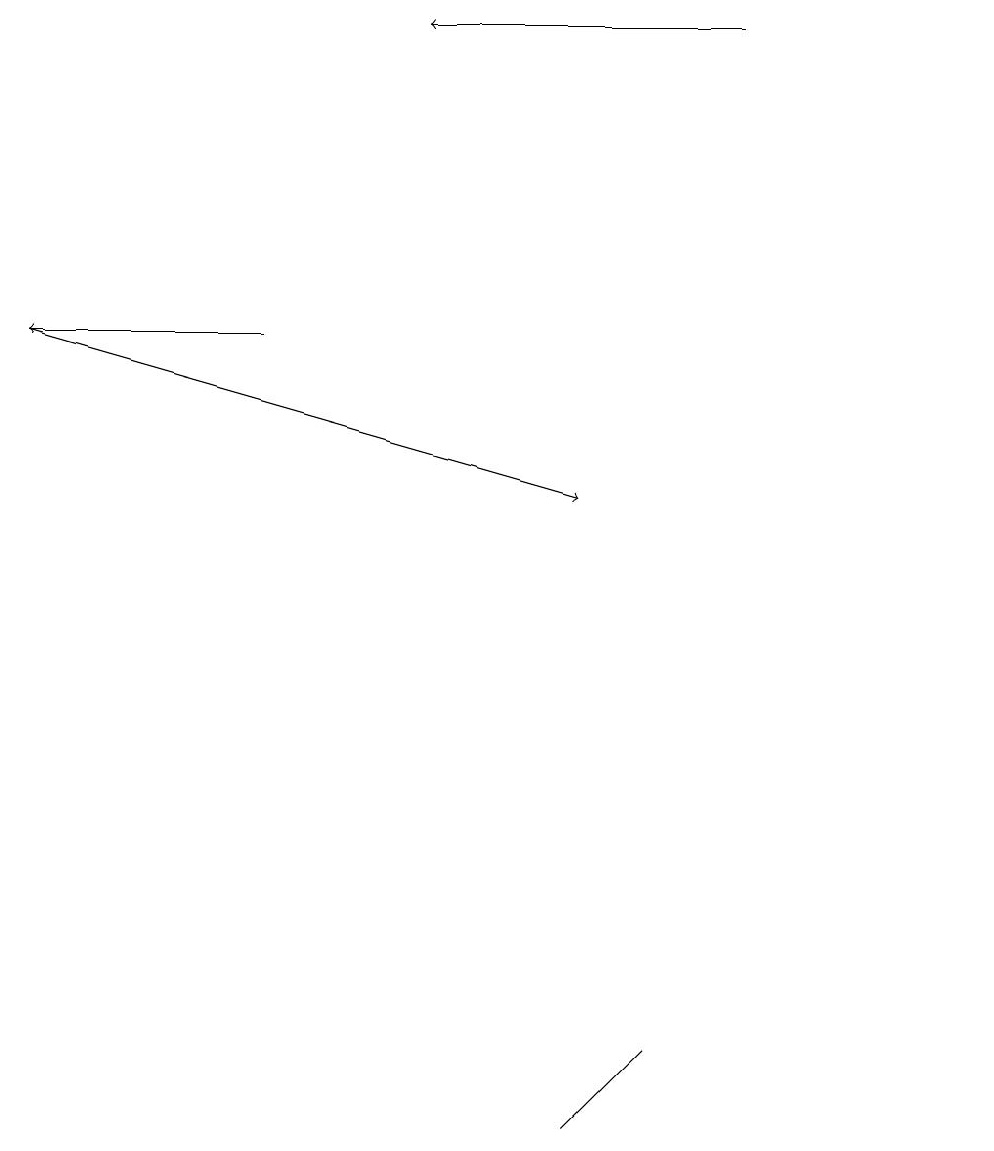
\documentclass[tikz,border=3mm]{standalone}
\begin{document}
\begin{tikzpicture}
\draw[->] (9,18) -- (5,18);
\draw (12,10) circle (0);
\draw[->] (3,14) -- (0,14);
\draw[->] (0,14) -- (7,12);
\draw (7,4) -- (7,4) -- (8,5) -- cycle;
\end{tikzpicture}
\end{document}